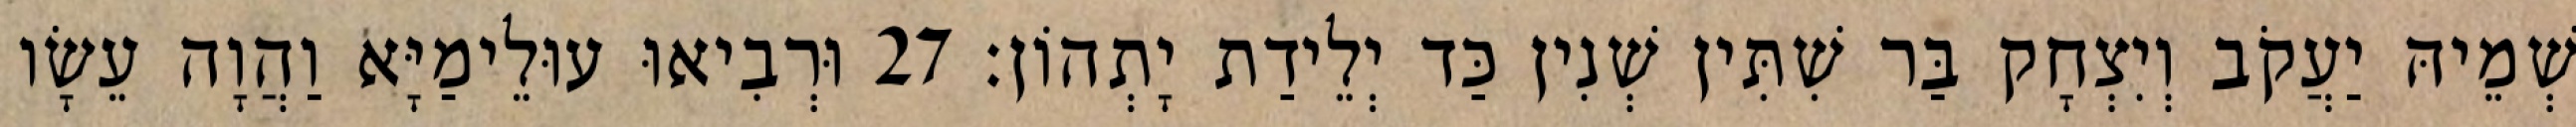
שְׁמֵיהּ יַעֲקֹב וְיִצְחָק בַּר שִׁתִּין שְׁנִין כַּד יְלֵידַת יָתְהוֹן׃ 27 וּרְבִיאוּ עוּלֵימַיָּא וַהֲוָה עֵשָׂו